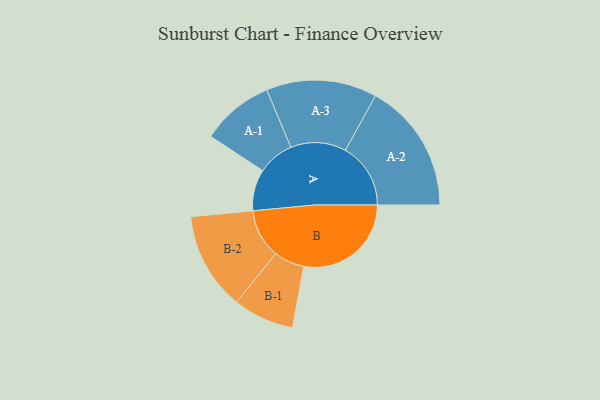
{"axis": {"x": "Segment", "y": "Value"}, "legend": ["", "A", "B"], "data": [{"x": "A", "y": 187, "type": ""}, {"x": "B", "y": 485, "type": ""}, {"x": "A-1", "y": 164, "type": "A"}, {"x": "A-2", "y": 295, "type": "A"}, {"x": "A-3", "y": 250, "type": "A"}, {"x": "B-1", "y": 138, "type": "B"}, {"x": "B-2", "y": 221, "type": "B"}]}